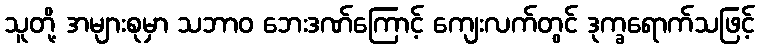
သူတို့ အများစုမှာ သဘာဝ ဘေးဒဏ်ကြောင့် ကျေးလက်တွင် ဒုက္ခရောက်သဖြင့်